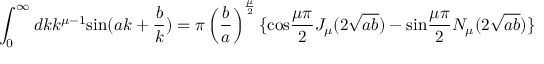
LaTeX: \int _ { 0 } ^ { \infty } d k k ^ { { \mu } - 1 } \mathrm { s i n } ( a k + \frac { b } { k } ) = { \pi } \left( \frac { b } { a } \right) ^ { \frac { \mu } { 2 } } \{ \mathrm { c o s } \frac { { \mu } { \pi } } { 2 } J _ { \mu } ( 2 \sqrt { a b } ) - \mathrm { s i n } \frac { { \mu } { \pi } } { 2 } N _ { \mu } ( 2 \sqrt { a b } ) \}